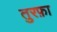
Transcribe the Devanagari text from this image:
तुरफ़ा